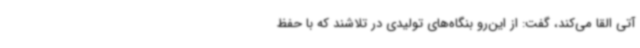
آتی القا می‌کند، گفت: از این‌رو بنگاه‌های تولیدی در تلاشند که با حفظ